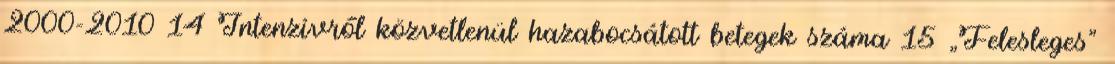
2000-2010 14 Intenzívről közvetlenül hazabocsátott betegek száma 15 „Felesleges”